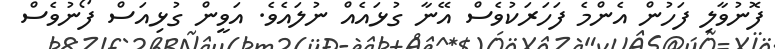
ފޮނުވާލި ފަހުން އެންމެ ފަހަރަކުވެސް އޭނާ ގުޅައެއް ނުލައެވެ. އަވީން ގުޅިއަސް ފޯނުވެސް